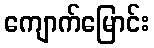
ကျောက်မြောင်း